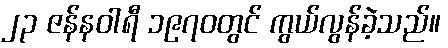
၂၃ ဇန်နဝါရီ ၁၉၇၀တွင် ကွယ်လွန်ခဲ့သည်။